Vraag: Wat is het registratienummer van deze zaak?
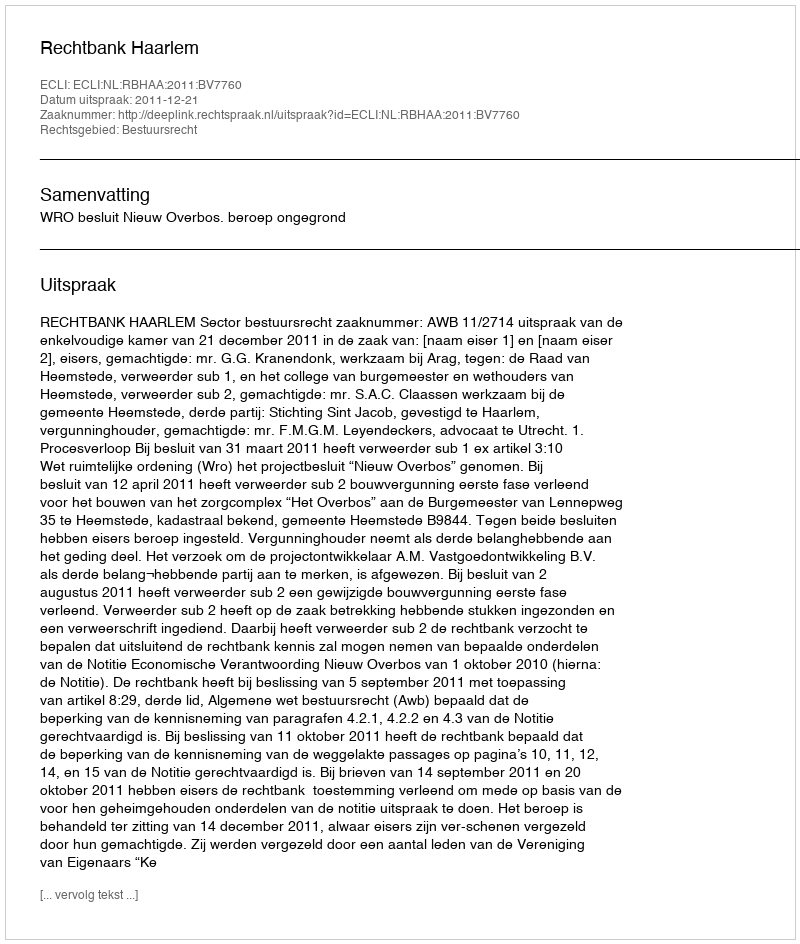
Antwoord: http://deeplink.rechtspraak.nl/uitspraak?id=ECLI:NL:RBHAA:2011:BV7760